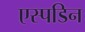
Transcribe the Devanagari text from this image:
एस्पडिन